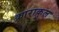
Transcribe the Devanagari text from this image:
क़ाराकुल